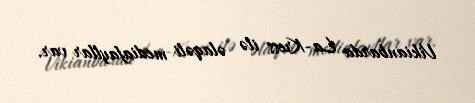
Vikianbarda La-Kress ilə əlaqəli mediafayllar var.